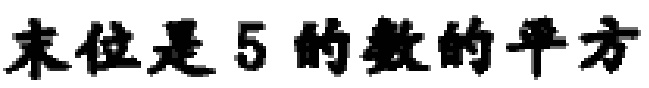
末位是 5 的数的平方